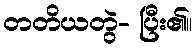
တတိယတွဲ- ပြီး၏။